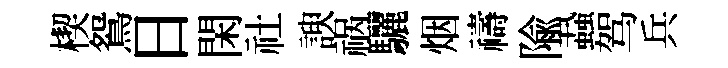
楔鴛日閑社諛祸驪烟禱隃蝨驾兵